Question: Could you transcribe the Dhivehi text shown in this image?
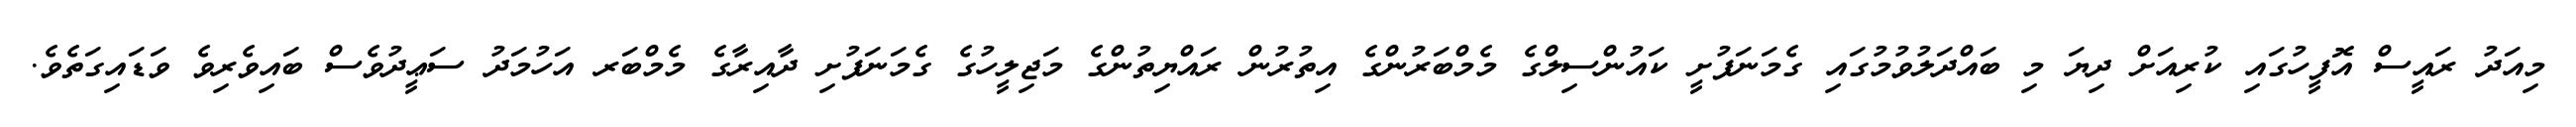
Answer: މިއަދު ރައީސް އޮފީހުގައި ކުރިއަށް ދިޔަ މި ބައްދަލުވުމުގައި ގެމަނަފުށީ ކައުންސިލްގެ މެމްބަރުންގެ އިތުރުން ރައްޔިތުންގެ މަޖިލީހުގެ ގެމަނަފުށި ދާއިރާގެ މެމްބަރ އަހުމަދު ސަޢީދުވެސް ބައިވެރިވެ ވަޑައިގަތެވެ.